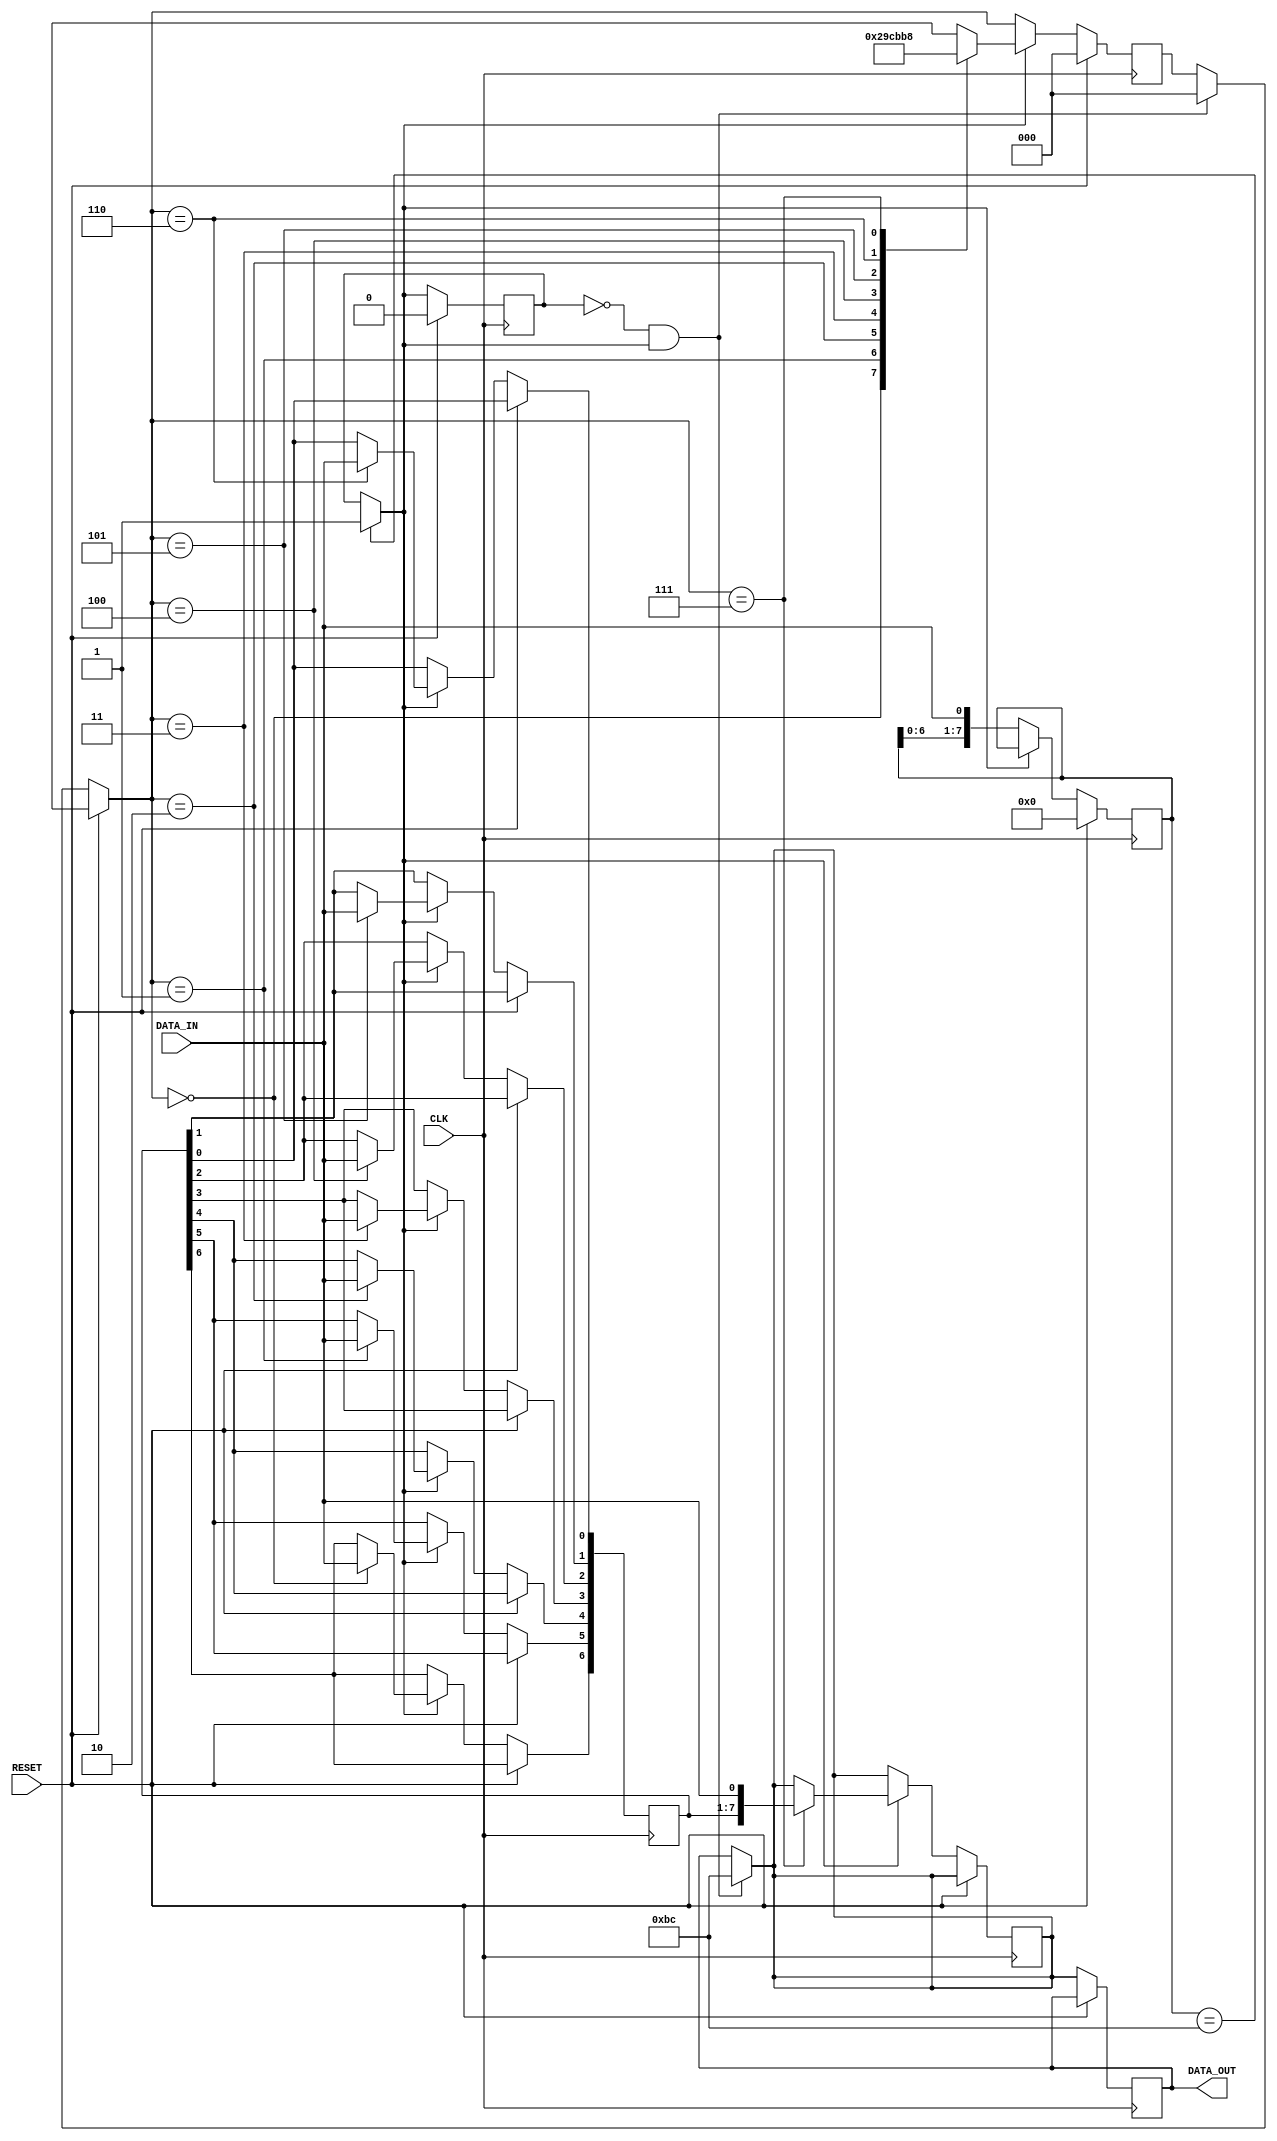

module serial_parallel_cond
    (
    //inputs
    input wire 	    DATA_IN,
    input wire 	    CLK,
    input wire 	    RESET,
    //outputs
    output reg [7:0] DATA_OUT
    );

    reg [2:0] 	    rCurrentState, rNextState;
    reg [6:0] 	    rBuffer;
    reg [7:0]       check;
    reg             Valid;
    reg             Valid_next;
    reg             Valid_neg;
    reg [7:0]       DataOut_next;
    reg             Start;


    always @(*) //HAcer lo mismo con DataOut
        begin
            Valid_next = Valid;
            if (check == 8'hBC)
                begin
                    Valid_next = 1;
                end

        end

    always @(*) //HAcer lo mismo con DataOut
        begin
            DataOut_next = DATA_OUT;
            if (Start == 1)
                begin
                    DataOut_next = 8'hBC;
                end

        end

    always @(*)
        begin
            Valid_neg = ~Valid;
            Start = Valid_neg && Valid_next;
        end    

    always @(posedge CLK)
        begin
            if(RESET)
                begin
                    check <= 0;
                    Valid <= 0;
                    rCurrentState <= 0;
                end
            else
                begin
                    if (Start)
                        begin
                            rCurrentState = 0; 
                        end
                    DATA_OUT <= DataOut_next;
                    Valid <= Valid_next;
                    if (Valid_next == 0)    
                        begin
                            check <= { check[6:0], DATA_IN};
                        end
                    else //Reset = 0 / Valid_next = 1   
                        begin
                            case (rCurrentState) 
                                0:
                                    begin
                                        rBuffer[6] <= DATA_IN;
                                        rCurrentState <= 1;
                                    end
                                1:
                                    begin
                                        rBuffer[5] <= DATA_IN;
                                        rCurrentState <= 2;
                                    end
                                2:
                                    begin
                                        rBuffer[4] <= DATA_IN;
                                        rCurrentState <= 3;
                                    end
                                3:
                                    begin
                                        rBuffer[3] <= DATA_IN;
                                        rCurrentState <= 4;
                                    end
                                4:
                                    begin
                                        rBuffer[2] <= DATA_IN;
                                        rCurrentState <= 5;
                                    end
                                5:
                                    begin
                                        rBuffer[1] <= DATA_IN;
                                        rCurrentState <= 6;
                                    end
                                6:
                                    begin
                                        rBuffer[0] <= DATA_IN;
                                        rCurrentState <= 7;
                                    end
                                7:
                                    begin
                                        DataOut_next <= {rBuffer, DATA_IN};
                                        rCurrentState <= 0;
                                    end
                                default:
                                    begin
                                        rCurrentState <= rCurrentState;
                                    end
                            endcase
                        end
                end 
        end

endmodule